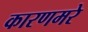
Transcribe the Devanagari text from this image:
कारणमरे